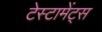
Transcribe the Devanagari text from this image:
टेस्टामेंट्स